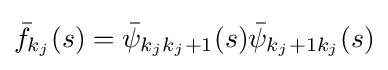
{\bar {f}}_{k_{j}}(s)={\bar {\psi }}_{k_{j}k_{j}+1}(s){\bar {\psi }}_{k_{j}+1k_{j}}(s)